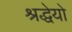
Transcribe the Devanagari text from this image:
श्रद्धेयो